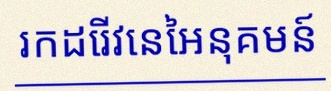
រកដេរីវេនៃអនុគមន៍